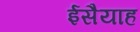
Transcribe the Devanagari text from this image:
ईसैयाह